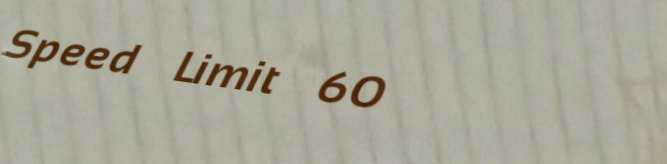
Speed Limit 60